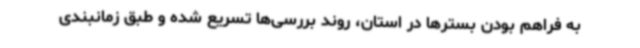
به فراهم بودن بسترها در استان، روند بررسی‌ها تسریع شده و طبق زمانبندی